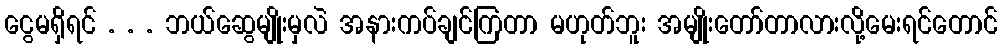
ငွေမရှိရင် . . . ဘယ်ဆွေမျိုးမှလဲ အနားကပ်ချင်ကြတာ မဟုတ်ဘူး အမျိုးတော်တာလားလို့မေးရင်တောင်